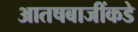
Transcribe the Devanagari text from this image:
आतषबाजींकडे